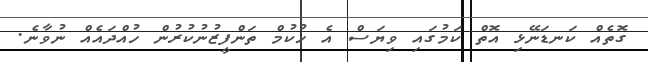
ގޮތެއް ކަނޑަނޭޅި އޮތް ކަމުގައި ވިޔަސް އެ ހުކުމް ތަންފީޒުނުކުރުން ހުއްދައެއް ނުވާނެ.